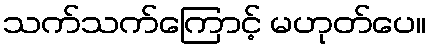
သက်သက်ကြောင့် မဟုတ်ပေ။